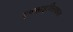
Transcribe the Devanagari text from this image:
एनसाइक्लिकल